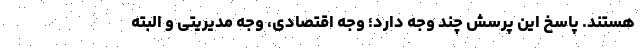
هستند. پاسخ این پرسش چند وجه دارد؛ وجه اقتصادی، وجه مدیریتی و البته